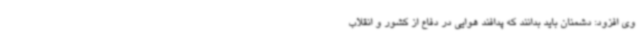
وی افزود: دشمنان باید بدانند که پدافند هوایی در دفاع از کشور و انقلاب